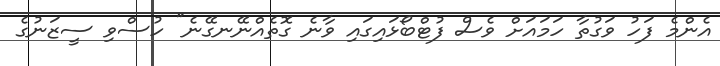
އެންމެ ފަހު ވަގުތާ ހަމައަށް ވެސް ފުޓްބޯޅައިގައި ވާނެ ގޮތެއްނޭނގޭނެ" ހުސްވި ސީޒަނުގެ